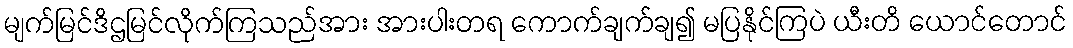
မျက်မြင်ဒိဌမြင်လိုက်ကြသည်အား အားပါးတရ ကောက်ချက်ချ၍ မပြနိုင်ကြပဲ ယီးတိ ယောင်တောင်